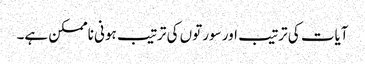
آیات کی ترتیب اور سورتوں کی ترتیب ہونی ناممکن ہے۔